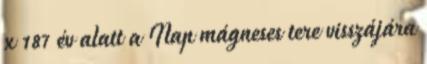
x 187 év alatt a Nap mágneses tere visszájára